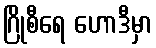
ဂြိုစီရေ ဟောဒီမှာ